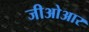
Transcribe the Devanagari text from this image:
जीओआर